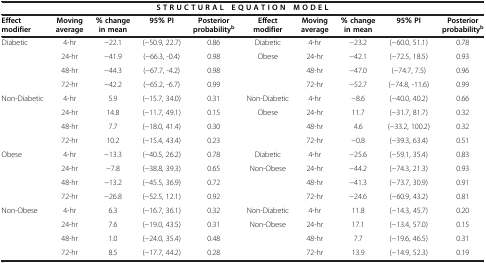
<table><thead><tr><td colspan="10"><b>S T R U C T U R A L E Q U A T I O N M O D E L</b></td></tr><tr><td><b>Effect modifier</b></td><td><b>Moving average</b></td><td><b>% change in mean</b></td><td><b>95% PI</b></td><td><b>Posterior probability<sup>b</sup></b></td><td><b>Effect modifier</b></td><td><b>Moving average</b></td><td><b>% change in mean</b></td><td><b>95% PI</b></td><td><b>Posterior probability<sup>b</sup></b></td></tr></thead><tbody><tr><td>Diabetic</td><td>4-hr</td><td>−22.1</td><td>(−50.9, 22.7)</td><td>0.86</td><td>Diabetic</td><td>4-hr</td><td>−23.2</td><td>(−60.0, 51.1)</td><td>0.78</td></tr><tr><td> </td><td>24-hr</td><td>−41.9</td><td>(−66.3, -0.4)</td><td>0.98</td><td>Obese</td><td>24-hr</td><td>−42.1</td><td>(−72.5, 18.5)</td><td>0.93</td></tr><tr><td> </td><td>48-hr</td><td>−44.3</td><td>(−67.7, -4.2)</td><td>0.98</td><td> </td><td>48-hr</td><td>−47.0</td><td>(−74.7, 7.5)</td><td>0.96</td></tr><tr><td> </td><td>72-hr</td><td>−42.2</td><td>(−65.2, -6.7)</td><td>0.99</td><td> </td><td>72-hr</td><td>−52.7</td><td>(−74.8, -11.6)</td><td>0.99</td></tr><tr><td>Non-Diabetic</td><td>4-hr</td><td>5.9</td><td>(−15.7, 34.0)</td><td>0.31</td><td>Non-Diabetic</td><td>4-hr</td><td>−8.6</td><td>(−40.0, 40.2)</td><td>0.66</td></tr><tr><td> </td><td>24-hr</td><td>14.8</td><td>(−11.7, 49.1)</td><td>0.15</td><td>Obese</td><td>24-hr</td><td>11.7</td><td>(−31.7, 81.7)</td><td>0.32</td></tr><tr><td> </td><td>48-hr</td><td>7.7</td><td>(−18.0, 41.4)</td><td>0.30</td><td> </td><td>48-hr</td><td>4.6</td><td>(−33.2, 100.2)</td><td>0.32</td></tr><tr><td> </td><td>72-hr</td><td>10.2</td><td>(−15.4, 43.4)</td><td>0.23</td><td> </td><td>72-hr</td><td>−0.8</td><td>(−39.3, 63.4)</td><td>0.51</td></tr><tr><td>Obese</td><td>4-hr</td><td>−13.3</td><td>(−40.5, 26.2)</td><td>0.78</td><td>Diabetic</td><td>4-hr</td><td>−25.6</td><td>(−59.1, 35.4)</td><td>0.83</td></tr><tr><td> </td><td>24-hr</td><td>−7.8</td><td>(−38.8, 39.3)</td><td>0.65</td><td>Non-Obese</td><td>24-hr</td><td>−44.2</td><td>(−74.3, 21.3)</td><td>0.93</td></tr><tr><td> </td><td>48-hr</td><td>−13.2</td><td>(−45.5, 36.9)</td><td>0.72</td><td> </td><td>48-hr</td><td>−41.3</td><td>(−73.7, 30.9)</td><td>0.91</td></tr><tr><td> </td><td>72-hr</td><td>−26.8</td><td>(−52.5, 12.1)</td><td>0.92</td><td> </td><td>72-hr</td><td>−24.6</td><td>(−60.9, 43.2)</td><td>0.81</td></tr><tr><td>Non-Obese</td><td>4-hr</td><td>6.3</td><td>(−16.7, 36.1)</td><td>0.32</td><td>Non-Diabetic</td><td>4-hr</td><td>11.8</td><td>(−14.3, 45.7)</td><td>0.20</td></tr><tr><td> </td><td>24-hr</td><td>7.6</td><td>(−19.0, 43.5)</td><td>0.31</td><td>Non-Obese</td><td>24-hr</td><td>17.1</td><td>(−13.4, 57.0)</td><td>0.15</td></tr><tr><td> </td><td>48-hr</td><td>1.0</td><td>(−24.0, 35.4)</td><td>0.48</td><td> </td><td>48-hr</td><td>7.7</td><td>(−19.6, 46.5)</td><td>0.31</td></tr><tr><td> </td><td>72-hr</td><td>8.5</td><td>(−17.7, 44.2)</td><td>0.28</td><td> </td><td>72-hr</td><td>13.9</td><td>(−14.9, 52.3)</td><td>0.19</td></tr></tbody></table>